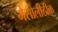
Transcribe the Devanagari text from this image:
मेसोलीठीक